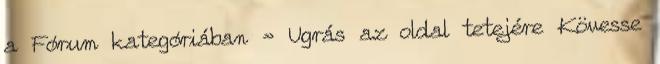
a Fórum kategóriában » Ugrás az oldal tetejére Kövesse